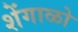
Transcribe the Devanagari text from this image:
शेंगाळो